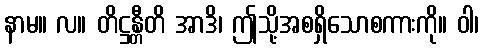
နာမ။ လ။ တိဋ္ဌန္တီတိ အာဒိ၊ ဤသို့အစရှိသောစကားကို။ ဝါ၊